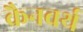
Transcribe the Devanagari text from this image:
क्रैनवर्थ